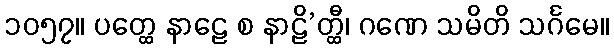
၁၀၅၇။ ပတ္ထေ နာဠေ စ နာဠိ’တ္ထီ၊ ဂဏေ သမိတိ သင်္ဂမေ။